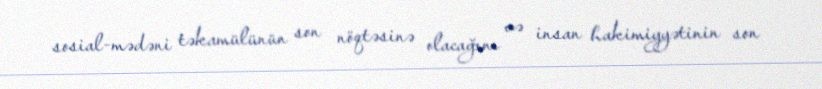
sosial-mədəni təkamülünün son nöqtəsinə olacağını və insan hakimiyyətinin son